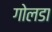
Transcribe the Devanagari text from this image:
गोलडा